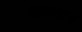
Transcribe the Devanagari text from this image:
थाबतात